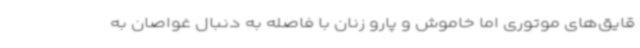
قایق‌های موتوری اما خاموش و پارو زنان با فاصله به دنبال غواصان به